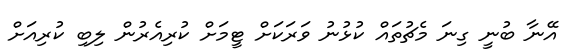
އޭނާ ބުނީ ގިނަ މެޗުތައް ކުޅުނު ވަރަކަށް ޓީމަށް ކުރިއެރުން ލިބި ކުރިއަށް